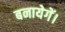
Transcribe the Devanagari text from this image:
बनायेगें।